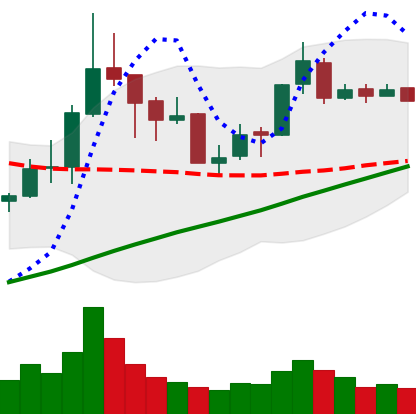
Ticker: BNB-USD
Chart end date: 2018-04-08
Forward return: 11.712%
Label: up_7plus